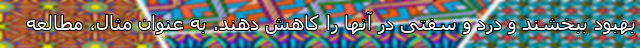
بهبود ببخشند و درد و سفتی در آنها را کاهش دهند. به عنوان مثال، مطالعه